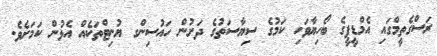
ރަސްގެތީމްގައި އެމްޑީޕީގެ ބޯހިޔާވަހި ކަމުގެ ސިޔާސަތުގެ ދަށުން ހައުސިންގ ޔުނިޓްތަކެއް އެޅުން ކަމަށެވެ.